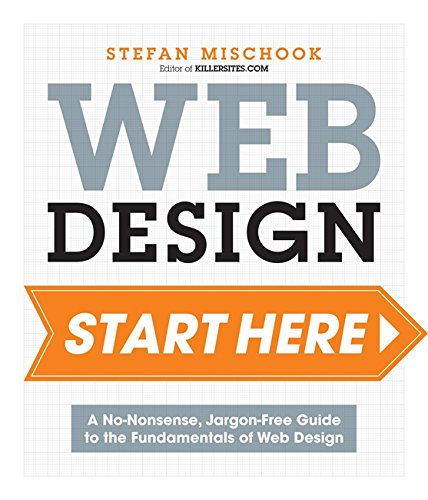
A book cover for Web Design: Start Here!: A No-Nonsense, Jargon-Free Guide to the Fundamentals of Web Design; Stefan Mischook; Computers & Technology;